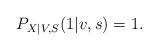
LaTeX: \begin{align*}P_{X|V,S}(1|v,s)=1.\end{align*}